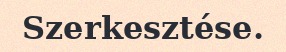
Szerkesztése.